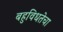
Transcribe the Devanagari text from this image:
बहुविधतेचा